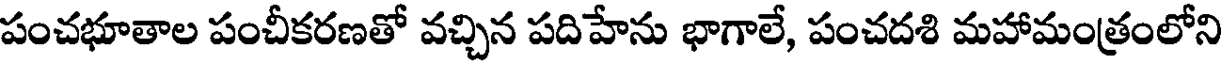
పంచభూతాల పంచీకరణతో వచ్చిన పదిహేను భాగాలే, పంచదశి మహామంత్రంలోని